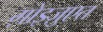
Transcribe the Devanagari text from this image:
ग़ोइज़ुएत